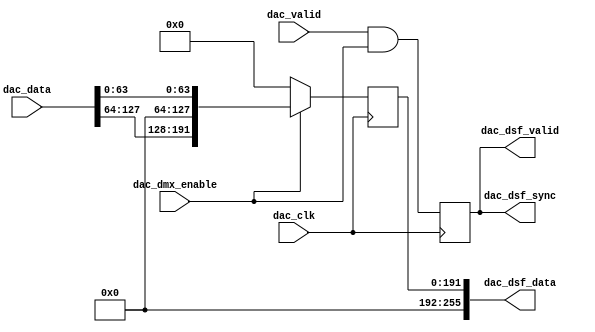
// ***************************************************************************
// ***************************************************************************
// Copyright 2011(c) Analog Devices, Inc.
// 
// All rights reserved.
// 
// Redistribution and use in source and binary forms, with or without modification,
// are permitted provided that the following conditions are met:
//     - Redistributions of source code must retain the above copyright
//       notice, this list of conditions and the following disclaimer.
//     - Redistributions in binary form must reproduce the above copyright
//       notice, this list of conditions and the following disclaimer in
//       the documentation and/or other materials provided with the
//       distribution.
//     - Neither the name of Analog Devices, Inc. nor the names of its
//       contributors may be used to endorse or promote products derived
//       from this software without specific prior written permission.
//     - The use of this software may or may not infringe the patent rights
//       of one or more patent holders.  This license does not release you
//       from the requirement that you obtain separate licenses from these
//       patent holders to use this software.
//     - Use of the software either in source or binary form, must be run
//       on or directly connected to an Analog Devices Inc. component.
//    
// THIS SOFTWARE IS PROVIDED BY ANALOG DEVICES "AS IS" AND ANY EXPRESS OR IMPLIED WARRANTIES,
// INCLUDING, BUT NOT LIMITED TO, NON-INFRINGEMENT, MERCHANTABILITY AND FITNESS FOR A
// PARTICULAR PURPOSE ARE DISCLAIMED.
//
// IN NO EVENT SHALL ANALOG DEVICES BE LIABLE FOR ANY DIRECT, INDIRECT, INCIDENTAL, SPECIAL,
// EXEMPLARY, OR CONSEQUENTIAL DAMAGES (INCLUDING, BUT NOT LIMITED TO, INTELLECTUAL PROPERTY
// RIGHTS, PROCUREMENT OF SUBSTITUTE GOODS OR SERVICES; LOSS OF USE, DATA, OR PROFITS; OR 
// BUSINESS INTERRUPTION) HOWEVER CAUSED AND ON ANY THEORY OF LIABILITY, WHETHER IN CONTRACT,
// STRICT LIABILITY, OR TORT (INCLUDING NEGLIGENCE OR OTHERWISE) ARISING IN ANY WAY OUT OF 
// THE USE OF THIS SOFTWARE, EVEN IF ADVISED OF THE POSSIBILITY OF SUCH DAMAGE.
// ***************************************************************************
// ***************************************************************************

`timescale 1ns/100ps

module util_upack_dsf (

  // dac interface

  dac_clk,
  dac_valid,
  dac_data,

  // dmx interface

  dac_dmx_enable,
  dac_dsf_valid,
  dac_dsf_sync,
  dac_dsf_data);

  // parameters

  parameter   NUM_OF_CHANNELS_P   =  4;
  parameter   NUM_OF_CHANNELS_M   =  8;
  parameter   CHANNEL_DATA_WIDTH  = 32;
  parameter   NUM_OF_CHANNELS_O   =  4;

  localparam  CH_SCNT = CHANNEL_DATA_WIDTH/16;
  localparam  P_WIDTH = CHANNEL_DATA_WIDTH*NUM_OF_CHANNELS_P;
  localparam  M_WIDTH = CHANNEL_DATA_WIDTH*NUM_OF_CHANNELS_M;
  localparam  O_WIDTH = CHANNEL_DATA_WIDTH*NUM_OF_CHANNELS_O;
  localparam  E_WIDTH = CHANNEL_DATA_WIDTH*(NUM_OF_CHANNELS_M+1);
  localparam  CH_DCNT = NUM_OF_CHANNELS_P - NUM_OF_CHANNELS_O;

  // dac interface

  input                     dac_clk;
  input                     dac_valid;
  input   [(P_WIDTH-1):0]   dac_data;

  // dmx interface

  input                     dac_dmx_enable;
  output                    dac_dsf_valid;
  output                    dac_dsf_sync;
  output  [(M_WIDTH-1):0]   dac_dsf_data;

  // internal registers

  reg                       dac_dmx_valid = 'd0;
  reg                       dac_dsf_valid = 'd0;
  reg                       dac_dsf_sync = 'd0;
  reg     [  2:0]           dac_samples_int = 'd0;
  reg                       dac_dmx_valid_d = 'd0;
  reg                       dac_dsf_valid_d = 'd0;
  reg     [  2:0]           dac_samples_int_d = 'd0;
  reg     [(M_WIDTH-1):0]   dac_data_int = 'd0;
  reg     [(M_WIDTH-1):0]   dac_dsf_data_int = 'd0;
  reg     [(M_WIDTH-1):0]   dac_dsf_data = 'd0;
  reg                       dac_valid_d1 = 'd0;

  // internal signals

  wire    [  2:0]           dac_samples_int_s;
  wire    [(E_WIDTH-1):0]   dac_data_s;
  wire    [(E_WIDTH-1):0]   dac_data_int_0_s;
  wire    [(E_WIDTH-1):0]   dac_data_int_1_s;
  wire    [M_WIDTH:0]       dac_dsf_data_s;

  // bypass 

  genvar i;
  generate
  if (NUM_OF_CHANNELS_O == NUM_OF_CHANNELS_P) begin
  for (i = 0; i < CH_SCNT ; i = i +1) begin: g_dsf_data
    assign dac_dsf_data_s[(((i +1) * NUM_OF_CHANNELS_M * 16)-1):(i*NUM_OF_CHANNELS_M*16)] =
      dac_data[(((i+1)*16*NUM_OF_CHANNELS_P)-1): (i*16*NUM_OF_CHANNELS_P)];
  end
  end
  endgenerate

  generate
  if (NUM_OF_CHANNELS_O == NUM_OF_CHANNELS_P) begin

  assign dac_samples_int_s = 'd0;
  assign dac_data_s = 'd0;
  assign dac_data_int_0_s = 'd0;
  assign dac_data_int_1_s = 'd0;

  always @(posedge dac_clk) begin
    dac_dmx_valid <= dac_valid & dac_dmx_enable;
    dac_dsf_valid <= dac_valid & dac_dmx_enable;
    dac_dsf_sync <= dac_valid & dac_dmx_enable;
    dac_samples_int <= 'd0;
    dac_dmx_valid_d <= 'd0;
    dac_dsf_valid_d <= 'd0;
    dac_samples_int_d <= 'd0;
    dac_data_int <= 'd0;
    dac_dsf_data_int <= 'd0;
    if (dac_dmx_enable == 1'b1) begin
      dac_dsf_data <= dac_dsf_data_s[(M_WIDTH-1):0];
    end else begin
      dac_dsf_data <= 'd0;
    end
  end
  end
  endgenerate

  // data store & forward

  generate
  if (NUM_OF_CHANNELS_P > NUM_OF_CHANNELS_O) begin

  assign dac_samples_int_s =  (dac_dsf_valid == 1'b1) ? (dac_samples_int + CH_DCNT) :
            ((dac_samples_int >= NUM_OF_CHANNELS_O) ? (dac_samples_int - NUM_OF_CHANNELS_O) : dac_samples_int);


  always @(posedge dac_clk) begin
    dac_dmx_valid <= dac_valid & dac_dmx_enable;
    dac_valid_d1 <= dac_valid;
    if (dac_valid_d1 == 1'b1) begin
      if (dac_samples_int_s < NUM_OF_CHANNELS_O) begin
        dac_dsf_valid <= dac_valid & dac_dmx_enable;
      end else begin
        dac_dsf_valid <= 1'b0;
      end
      if (dac_samples_int_s == 0) begin
        dac_dsf_sync <= dac_valid & dac_dmx_enable;
      end else begin
        dac_dsf_sync <= 1'b0;
      end
    end else begin
      if (dac_samples_int < NUM_OF_CHANNELS_O) begin
        dac_dsf_valid <= dac_valid & dac_dmx_enable;
      end else begin
        dac_dsf_valid <= 1'b0;
      end
      if (dac_samples_int == 0) begin
        dac_dsf_sync <= dac_valid & dac_dmx_enable;
      end else begin
        dac_dsf_sync <= 1'b0;
      end
    end
    if (dac_dmx_valid == 1'b1) begin
      dac_samples_int <= dac_samples_int_s;
    end
  end

  assign dac_data_s[(E_WIDTH-1):P_WIDTH] = 'd0;
  assign dac_data_s[(P_WIDTH-1):0] = dac_data;

  assign dac_data_int_0_s[(E_WIDTH-1):(E_WIDTH-P_WIDTH)] = dac_data;
  assign dac_data_int_0_s[((E_WIDTH-P_WIDTH)-1):0] =
            dac_data_int[(M_WIDTH-1):(M_WIDTH-(E_WIDTH-P_WIDTH))];

  assign dac_data_int_1_s[(E_WIDTH-1):(E_WIDTH-(M_WIDTH-O_WIDTH))] =
            dac_data_int[(M_WIDTH-1):O_WIDTH];
  assign dac_data_int_1_s[((E_WIDTH-(M_WIDTH-O_WIDTH))-1):0] = 'd0;

  always @(posedge dac_clk) begin
    dac_dmx_valid_d <= dac_dmx_valid;
    dac_dsf_valid_d <= dac_dsf_valid;
    dac_samples_int_d <= dac_samples_int;
    if (dac_dsf_valid_d == 1'b1) begin
      dac_data_int <= dac_data_int_0_s[(E_WIDTH-1):(E_WIDTH-M_WIDTH)];
    end else if (dac_dmx_valid_d == 1'b1) begin
      dac_data_int <= dac_data_int_1_s[(E_WIDTH-1):(E_WIDTH-M_WIDTH)];
    end
  end

  always @(posedge dac_clk) begin
    if (dac_dmx_valid_d == 1'b1) begin
      case (dac_samples_int_d)
        3'b111: dac_dsf_data_int <= { dac_data_s[((CHANNEL_DATA_WIDTH*1)-1):0],
                                      dac_data_int[((CHANNEL_DATA_WIDTH*8)-1):(CHANNEL_DATA_WIDTH*1)]};
        3'b110: dac_dsf_data_int <= { dac_data_s[((CHANNEL_DATA_WIDTH*2)-1):0],
                                      dac_data_int[((CHANNEL_DATA_WIDTH*8)-1):(CHANNEL_DATA_WIDTH*2)]};
        3'b101: dac_dsf_data_int <= { dac_data_s[((CHANNEL_DATA_WIDTH*3)-1):0],
                                      dac_data_int[((CHANNEL_DATA_WIDTH*8)-1):(CHANNEL_DATA_WIDTH*3)]};
        3'b100: dac_dsf_data_int <= { dac_data_s[((CHANNEL_DATA_WIDTH*4)-1):0],
                                      dac_data_int[((CHANNEL_DATA_WIDTH*8)-1):(CHANNEL_DATA_WIDTH*4)]};
        3'b011: dac_dsf_data_int <= { dac_data_s[((CHANNEL_DATA_WIDTH*5)-1):0],
                                      dac_data_int[((CHANNEL_DATA_WIDTH*8)-1):(CHANNEL_DATA_WIDTH*5)]};
        3'b010: dac_dsf_data_int <= { dac_data_s[((CHANNEL_DATA_WIDTH*6)-1):0],
                                      dac_data_int[((CHANNEL_DATA_WIDTH*8)-1):(CHANNEL_DATA_WIDTH*6)]};
        3'b001: dac_dsf_data_int <= { dac_data_s[((CHANNEL_DATA_WIDTH*7)-1):0],
                                      dac_data_int[((CHANNEL_DATA_WIDTH*8)-1):(CHANNEL_DATA_WIDTH*7)]};
        3'b000: dac_dsf_data_int <= dac_data_s;
        default: dac_dsf_data_int <= 'd0;
      endcase
    end
  end
  end
  endgenerate

  genvar n;
  generate
  if (NUM_OF_CHANNELS_P > NUM_OF_CHANNELS_O) begin
  assign dac_dsf_data_s[M_WIDTH] = 'd0;
  for (n = 0; n < CH_SCNT; n = n + 1) begin: g_out
  assign dac_dsf_data_s[(((n+1)*NUM_OF_CHANNELS_M*16)-1):(((n*NUM_OF_CHANNELS_M)+NUM_OF_CHANNELS_O)*16)] = 'd0;
  assign dac_dsf_data_s[((((n*NUM_OF_CHANNELS_M)+NUM_OF_CHANNELS_O)*16)-1):(n*NUM_OF_CHANNELS_M*16)] =
    dac_dsf_data_int[(((n+1)*NUM_OF_CHANNELS_O*16)-1):(n*NUM_OF_CHANNELS_O*16)];
  end
  end
  endgenerate

  generate
  if (NUM_OF_CHANNELS_P > NUM_OF_CHANNELS_O) begin
  always @(posedge dac_clk) begin
    if (dac_dmx_enable == 1'b1) begin
      dac_dsf_data <= dac_dsf_data_s[(M_WIDTH-1):0];
    end else begin
      dac_dsf_data <= 'd0;
    end
  end
  end
  endgenerate

endmodule

// ***************************************************************************
// ***************************************************************************